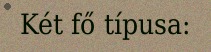
Két fő típusa: